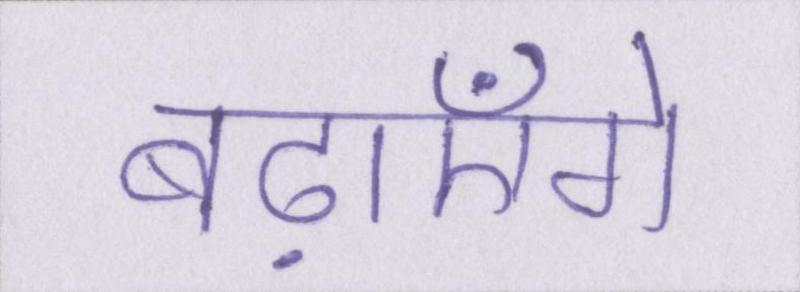
बढ़ाएँगे